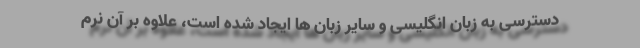
دسترسی به زبان انگلیسی و سایر زبان ها ایجاد شده است، علاوه بر آن نرم